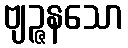
ဗျဉ္ဇနသော